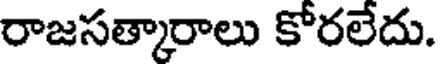
రాజసత్కారాలు కోరలేదు.